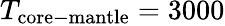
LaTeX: T_{\mathrm{core-mantle}}=3000